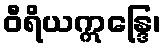
ဝီရိယဣန္ဒြေ၊